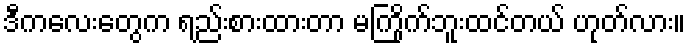
ဒီကလေးတွေက ရည်းစားထားတာ မကြိုက်ဘူးထင်တယ် ဟုတ်လား။